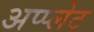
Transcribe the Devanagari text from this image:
अप्प्लेट